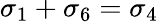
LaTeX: \sigma_{1}+\sigma_{6}=\sigma_{4}